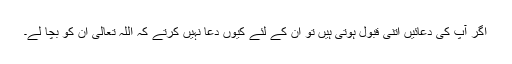
اگر آپ کی دعائیں اتنی قبول ہوتی ہیں تو ان کے لئے کیوں دعا نہیں کرتے کہ اللہ تعالیٰ ان کو بچا لے۔